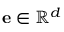
{ \mathbf { e } } \in \ensuremath { \mathbb { R } ^ { d } }